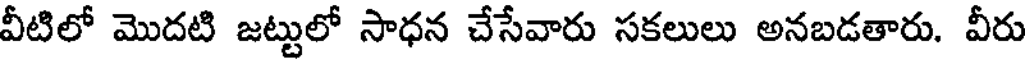
వీటిలో మొదటి జట్టులో సాధన చేసేవారు సకలులు అనబడతారు. వీరు